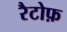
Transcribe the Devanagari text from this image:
रैटोफ़